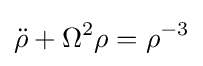
{\ddot {\rho }}+\Omega ^{2}\rho =\rho ^{-3}